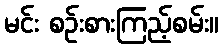
မင်း စဉ်းစားကြည့်စမ်း။